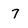
Character: 7